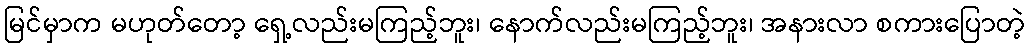
မြင်မှာက မဟုတ်တော့ ရှေ့လည်းမကြည့်ဘူး၊ နောက်လည်းမကြည့်ဘူး၊ အနားလာ စကားပြောတဲ့